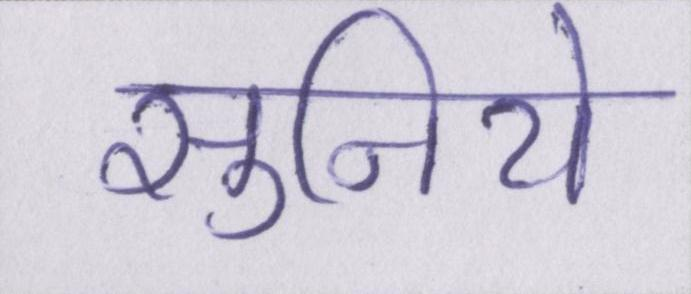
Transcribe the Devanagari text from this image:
सुनिये